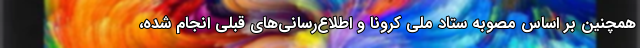
همچنین بر اساس مصوبه ستاد ملی کرونا و اطلاع‌رسانی‌های قبلی انجام شده،